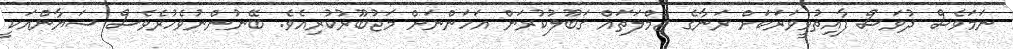
ނަމަވެސް ދުވަސް ފާއިތުވީވަރަކަށް ރަނާގެ ޖުމްލަތައް ގަބޫލުކުރަން އަހަންނަށް މަޖުބޫރުކުރިއެވެ. ބޭނުންނުވެހުރެވެސް ޝަޔާންއަކީ